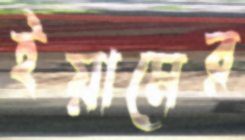
ইয়ামের